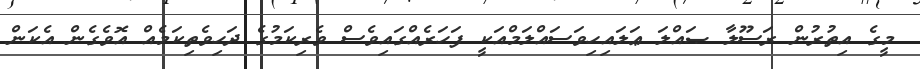
މީގެ އިތުރުން ރަސޫލާ ޞައްލަ ޢަލައިހިވަސައްލަމްއަކީ ފަހަރެއްގައިވެސް ވެރިކަމުގެ ދަހިވެތިކަމެއް އޮވެގެން އެކަން